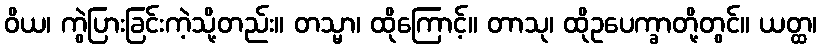
ဝိယ၊ ကွဲပြားခြင်းကဲ့သို့တည်း။ တသ္မာ၊ ထိုကြောင့်။ တာသု၊ ထိုဥပေက္ခာတို့တွင်။ ယတ္ထ၊